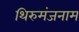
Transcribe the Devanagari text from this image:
थिरुमंजनाम